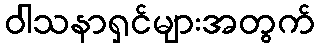
ဝါသနာရှင်များအတွက်